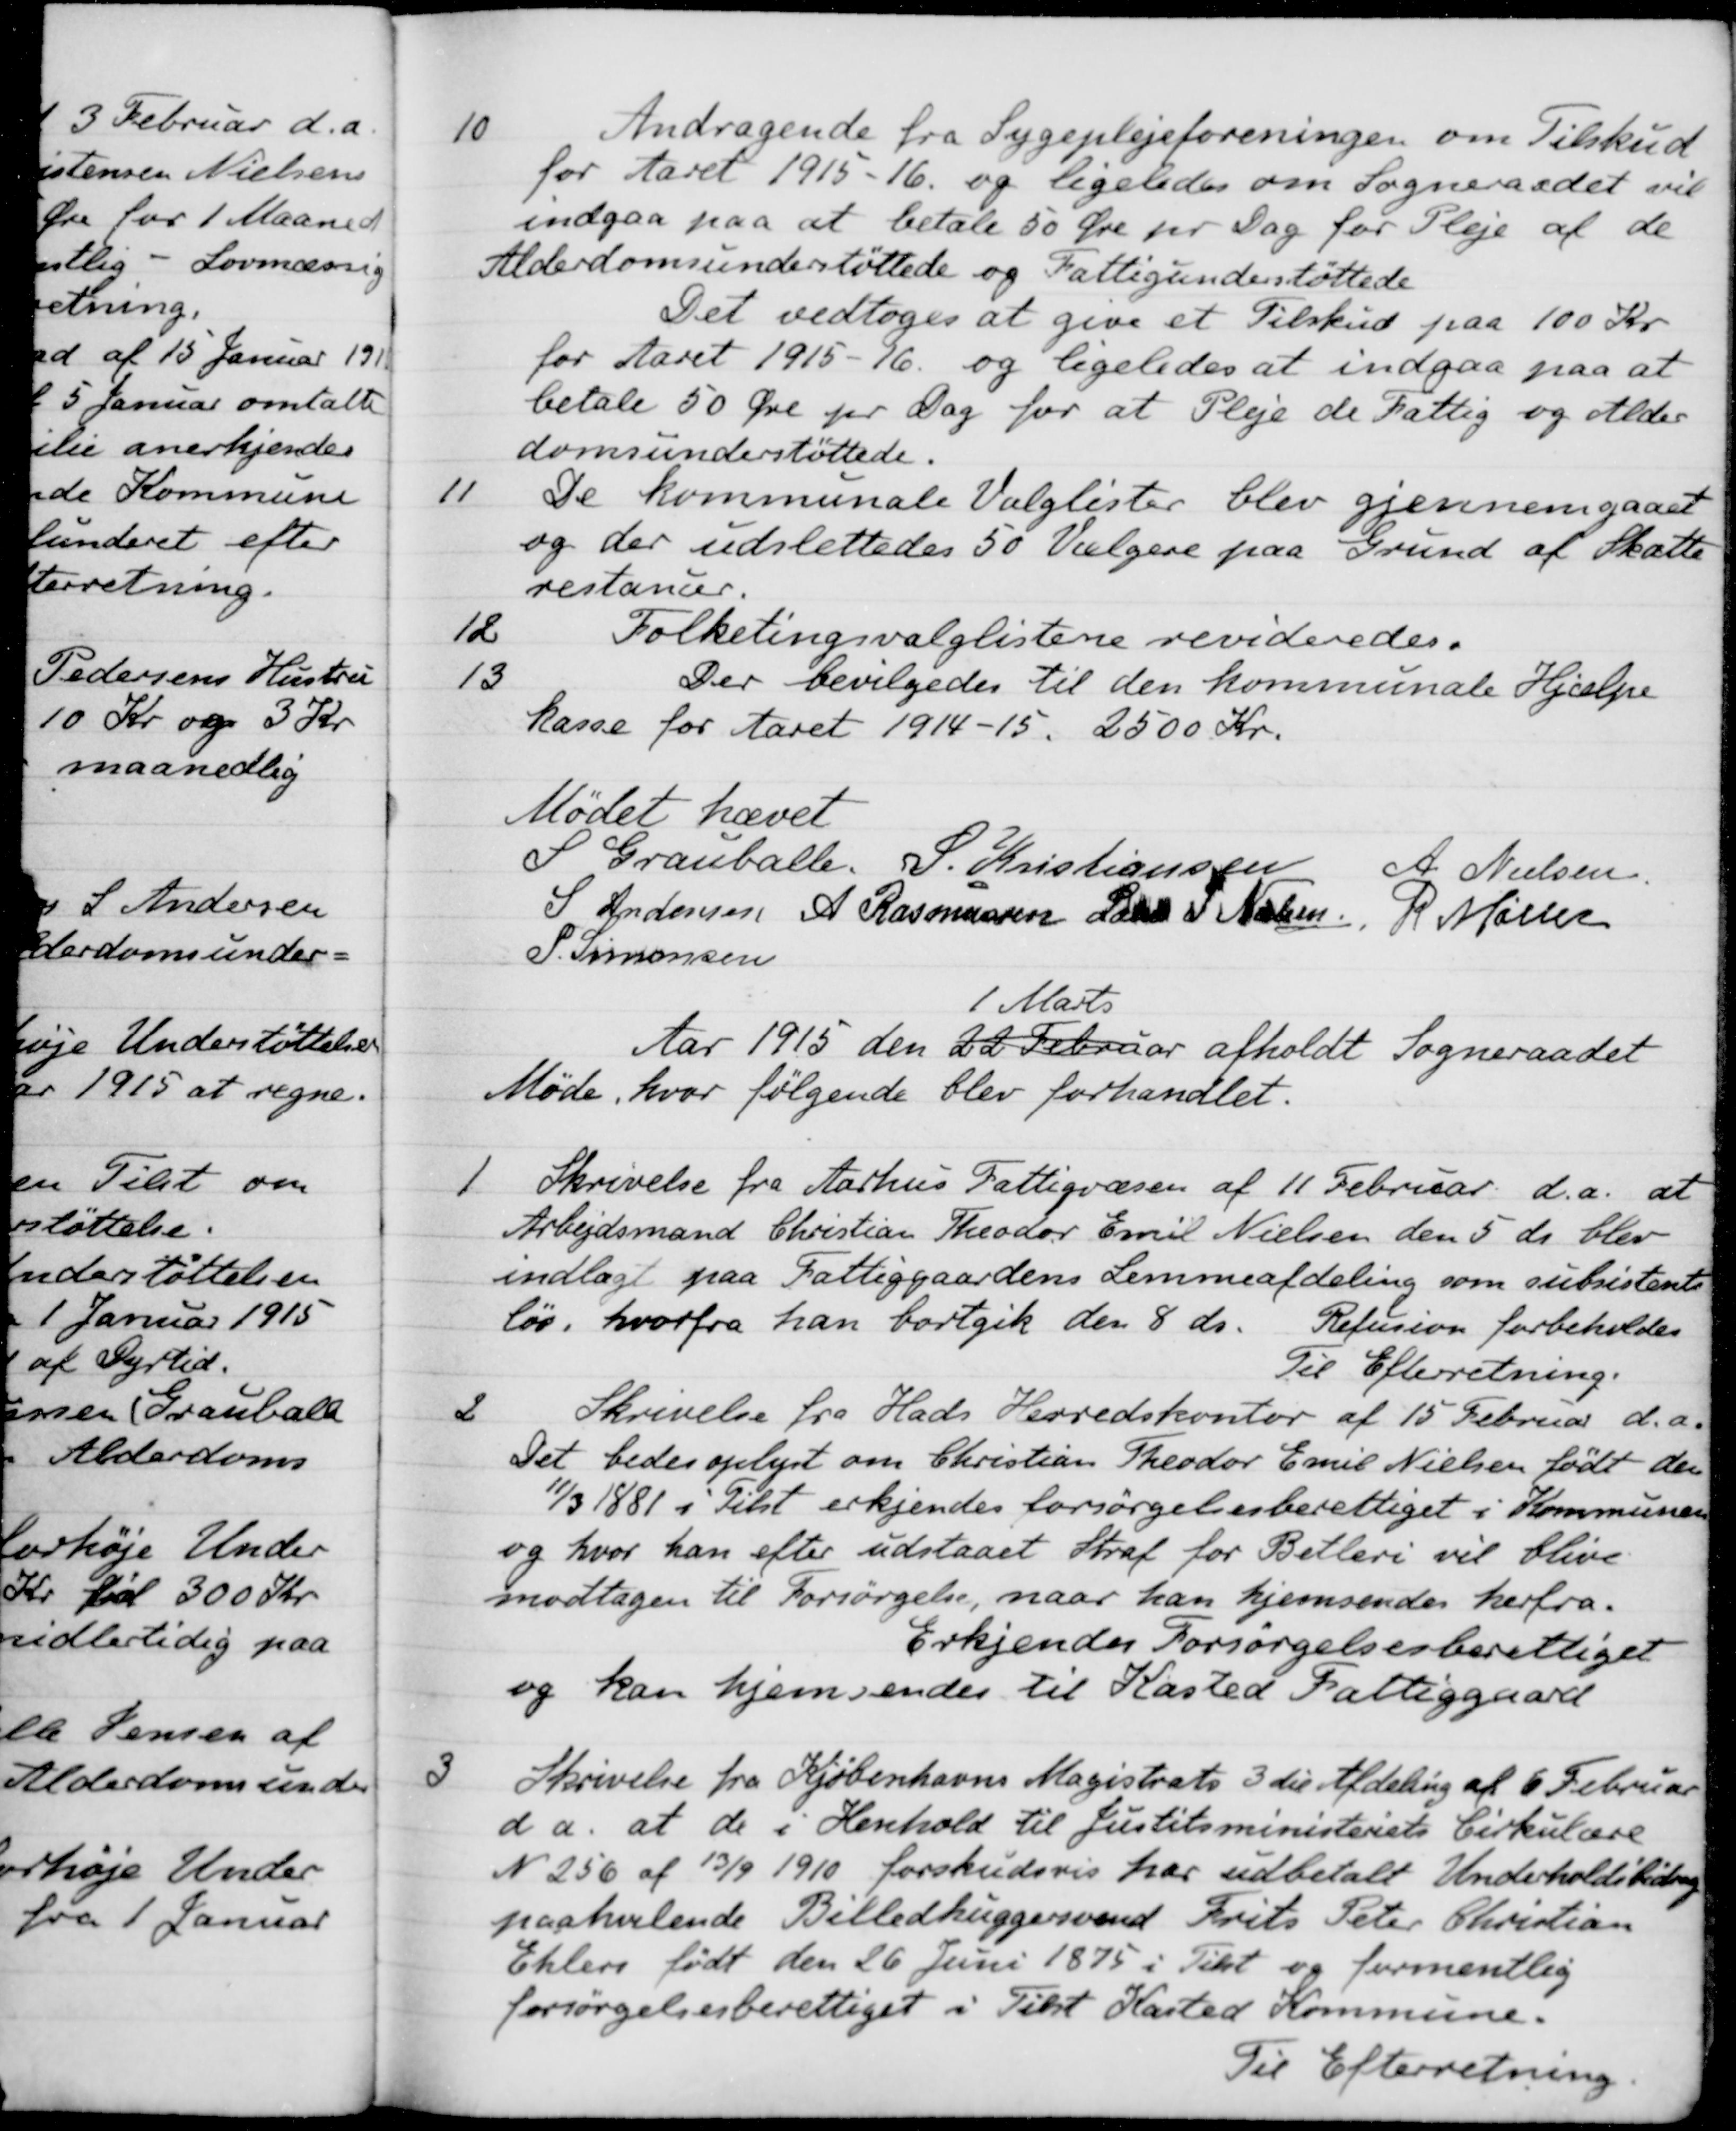
Transskription:
10
Andragende fra Sygeplejeforeningen om Tilskud
for Aaret 1915-16 og ligeledes om Sogneraadet vil
indgaa paa at betale 50 Øre pr Dag for Pleje af de
Alderdomsunderstøttede og Fattigunderstøttede
Det vedtoges at give et Tilskud paa 100 Kr.
for Aaret 1915-16. og ligeledes at indgaa paa at
betale 50 Øre pr. Dag for at Pleje de Fattig og Alder-
domsunderstøttede.
11
De kommunale Valglister blev gjennemgaaet
og der udslettedes 50 Vælgere paa Grund af Skatte
restancer.
12
Folketingsvalglistene revideredes.
13
Der bevilgedes til den kommunale Hjælpe
kasse for Aaret 1914-15. 2500 Kr.
Mødet hævet
S Grauballe.
S. Kristiansen
A. Nielsen
S Andersen
A Rasmussen
Laurs J. Nielsen
R Møller
P. Simonsen
Aar 1915 den 22 Februar
1 Marts
afholdt Sogneraadet
Møde, hvor følgende blev forhandlet.
1
Skrivelse fra Aarhus Fattigvæsen af 11 Februar d.a. at
Arbejdsmand Christian Theodor Emil Nielsen den 5 ds blev
indlagt paa Fattiggaardens Lemmeafdeling som subsistents
løs, hvorfra han bortgik den 8 ds.
Refusion forbeholdes
Til Efterretning.
2
Skrivelse fra Hads Herredskontor af 15 Februar d.a.
Det bedes oplyst om Christian Theodor Emil Nielsen født den
11/3 1881 i Tilst erkjendes forsørgelsesberettiget i Kommunen
og hvor han efter udstaaet Straf for Betleri vil blive
modtagen til Forsørgelse, naar han hjemsendes herfra.
Erkjendes Forsørgelsesberettiget
og kan hjemsendes til Kasted Fattiggaard
3
Skrivelse fra Kjøbenhavns Magistrats 3 die Afdeling af 6 Februar
d a. at de i Henhold til Justitsministeriets Cirkulære
N 256 af 13/9 1910 forskudsvis har udbetalt Underholdsbidrag
paahvilende Billedhuggersvend Frits Peter Christian
Ehlers født den 26 Juni 1875 i Tilst og formentlig
forsørgelsesberettiget i Tilst Kasted Kommune.
Til Efterretning